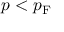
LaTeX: p < p _ { \mathrm { { F } } }